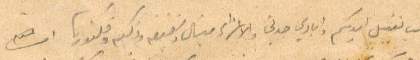
نحب تقبيل ايديكم وايادي جدتي والاعزاء ميشال وشفيقة وذكية وفكتوريا